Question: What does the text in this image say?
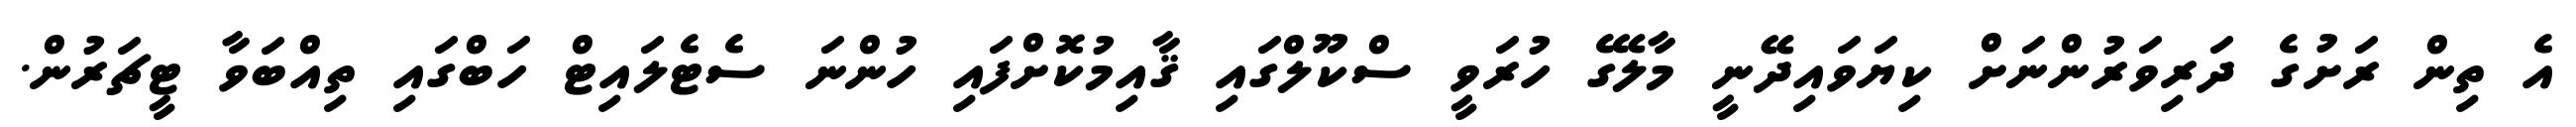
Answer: އެ ތިން ރަށުގެ ދަރިވަރުންނަށް ކިޔަވައިދޭނީ މާލޭގެ ހުރަވީ ސްކޫލްގައި ޤާއިމުކޮށްފައި ހުންނަ ސެޓެލައިޓް ހަބްގައި ތިއްބަވާ ޓީޗަރުން.